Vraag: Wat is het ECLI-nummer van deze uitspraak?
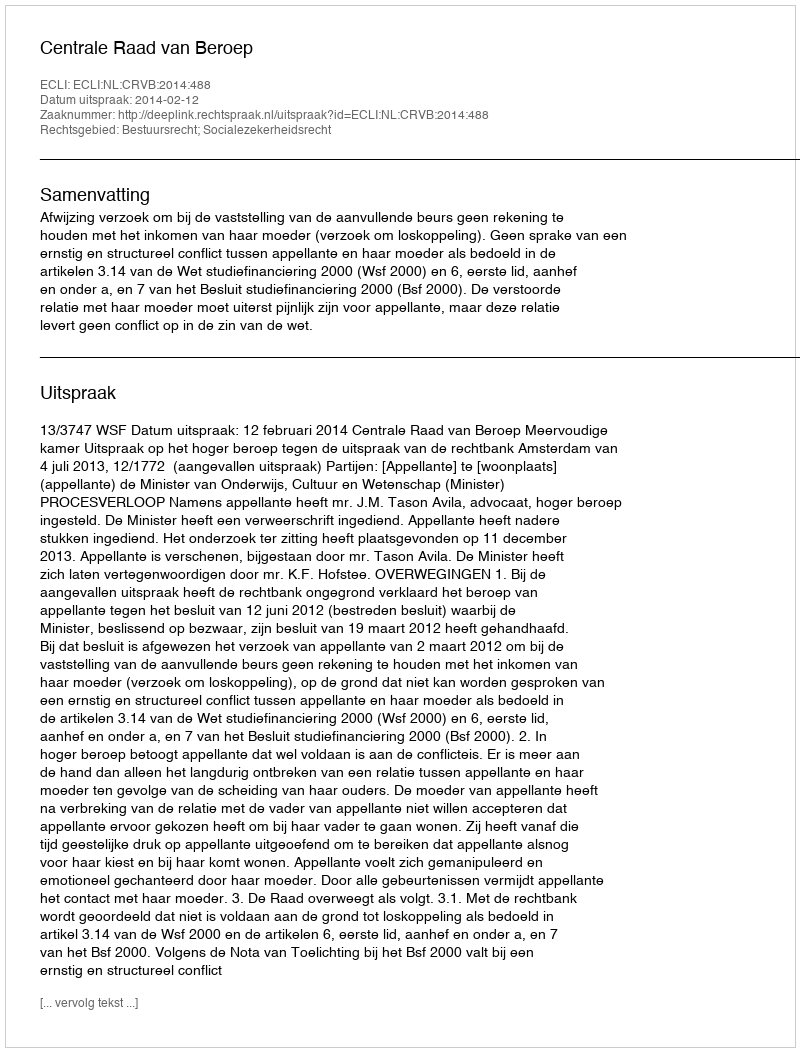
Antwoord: ECLI:NL:CRVB:2014:488